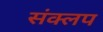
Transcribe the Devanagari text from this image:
संक्लप